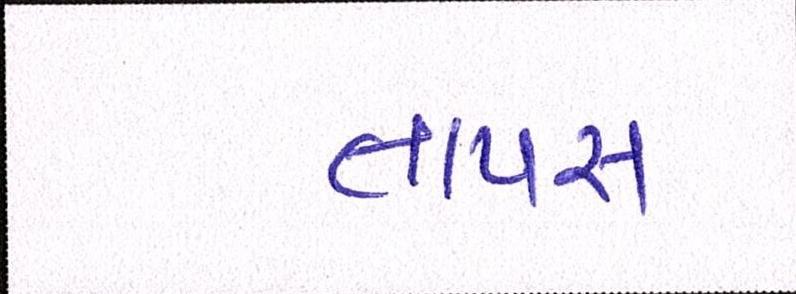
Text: તાપસ